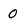
Character: 0